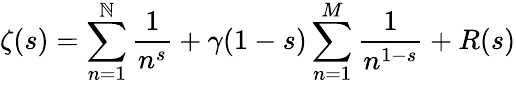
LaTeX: \zeta(s)=\sum_{n=1}^{\mathbb{N}}{\frac{{1}}{{n^{s}}}}+\gamma(1-s)\sum_{n=1}^{M}{\frac{{1}}{{n^{1-s}}}}+R(s)